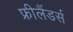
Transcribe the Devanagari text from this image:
फ्रीलैंडर्स